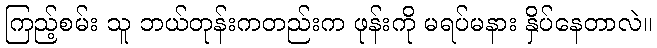
ကြည့်စမ်း သူ ဘယ်တုန်းကတည်းက ဖုန်းကို မရပ်မနား နှိပ်နေတာလဲ။